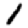
Digit: 1